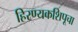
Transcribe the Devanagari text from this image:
हिरण्यकशिपूचा